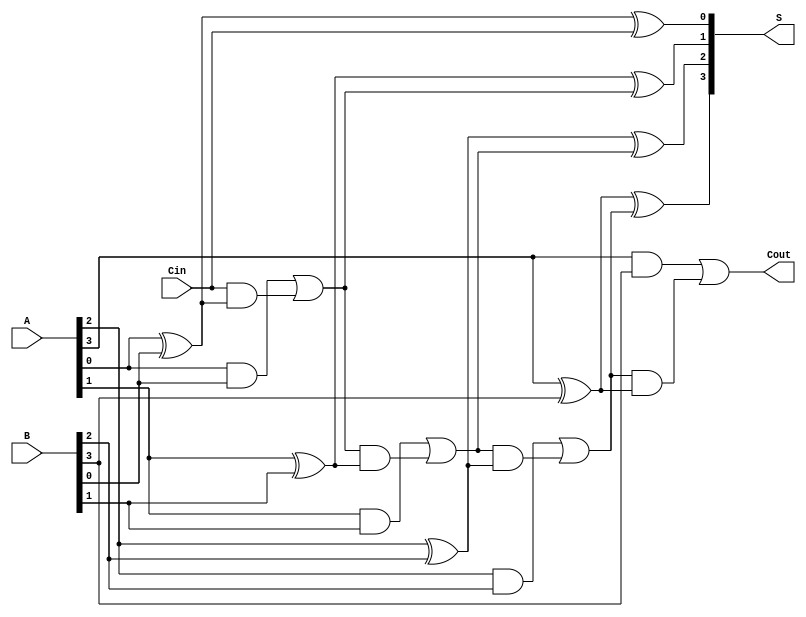
module han_carlson_adder #(parameter n = 4) (
    input  [n-1:0] A,      // n-bit input A
    input  [n-1:0] B,      // n-bit input B
    input          Cin,     // Carry input
    output [n-1:0] S,      // n-bit sum output
    output         Cout     // Carry output
);

    wire [n:0] C; // Carry signals, C[0] = Cin, C[n] = Cout

    // Assign the initial carry input
    assign C[0] = Cin;

    genvar i;
    generate
        for (i = 0; i < n; i = i + 1) begin : adder
            // Sum output Si
            assign S[i] = A[i] ^ B[i] ^ C[i];

            // Carry output Ci+1
            assign C[i + 1] = (A[i] & B[i]) | (C[i] & (A[i] ^ B[i]));
        end
    endgenerate

    // Final carry output
    assign Cout = C[n];

endmodule